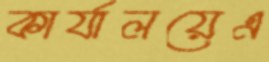
কার্যালয়েএ